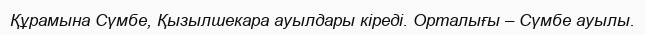
Құрамына Сүмбе, Қызылшекара ауылдары кіреді. Орталығы – Сүмбе ауылы.